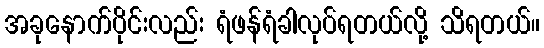
အခုနောက်ပိုင်းလည်း ရံဖန်ရံခါလုပ်ရတယ်လို့ သိရတယ်။